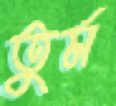
তুর্ম